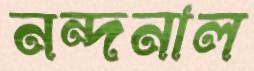
নন্দনাল